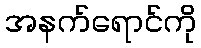
အနက်ရောင်ကို